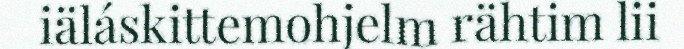
iäláskittemohjelm rähtim lii